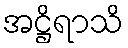
အဋ္ဌိရာသိ